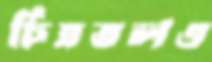
চিত্রতলও